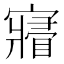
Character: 𡫔